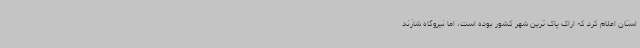
استان اعلام کرد که اراک پاک ترین شهر کشور بوده است، اما نیروگاه شازند